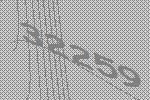
32259